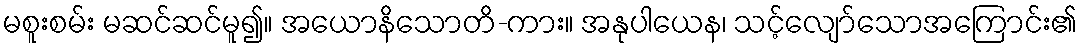
မစူးစမ်း မဆင်ဆင်မူ၍။ အယောနိသောတိ-ကား။ အနုပါယေန၊ သင့်လျော်သောအကြောင်း၏